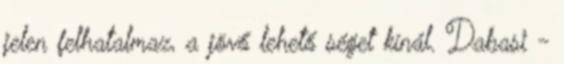
jelen felhatalmaz, a jövő lehető séget kínál. Dabasi -